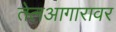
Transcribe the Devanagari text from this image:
तेलआगारावर